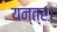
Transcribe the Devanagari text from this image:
यन्त्र।